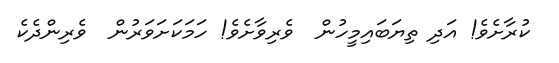
ކުރާށެވެ! އަދި ތިޔަބައިމީހުން  ވެރިވާށެވެ! ހަމަކަށަވަރުން  ވެރިންދެކެ